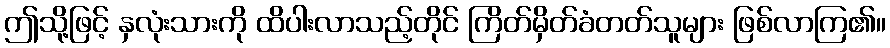
ဤသို့ဖြင့် နှလုံးသားကို ထိပါးလာသည့်တိုင် ကြိတ်မှိတ်ခံတတ်သူများ ဖြစ်လာကြ၏။